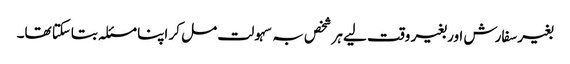
بغیر سفارش اور بغیر وقت لیے ہر شخص بہ سہولت مل کر اپنا مسئلہ بتاسکتا تھا۔